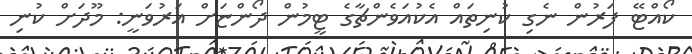
ކޯއްޓޭ ފަރުން ނެގި ކުނިތައް އެކުއަވެންޗާގެ ޓީމުން ދޯންޏަށް އަރުވަނީ: މޫދަށް ކުނި